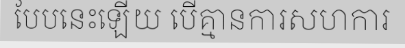
បែបនេះឡើយ បើគ្មានការសហការ